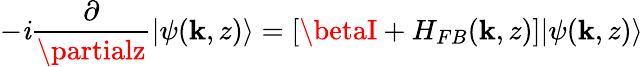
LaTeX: -\mathit{i}\frac{{\partial}}{{\partialz}}|\psi(\textbf{{k}},z)\rangle=[\betaI+H_{FB}(\textbf{{k}},z)]|\psi(\textbf{{k}},z)\rangle